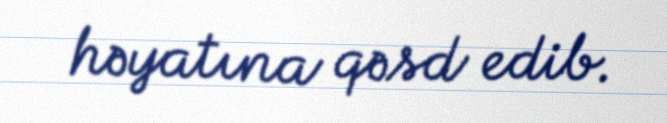
həyatına qəsd edib.